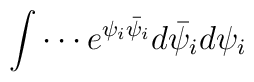
\int\cdots e^{\psi_i \bar{\psi}_i} d\bar{\psi}_i d\psi_i